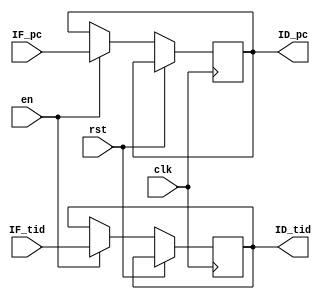
`timescale 1ns / 1ps
//////////////////////////////////////////////////////////////////////////////////
// Company: 
// Engineer: 
// 
// Design Name: 
// Module Name:    IF_IDreg 
// Project Name: 
// Target Devices: 
// Tool versions: 
// Description: 
//
// Dependencies: 
//
// Revision: 
// Revision 0.01 - File Created
// Additional Comments: 
//
//////////////////////////////////////////////////////////////////////////////////
module IF_IDreg(
    input [13:0] IF_pc,
    output [13:0] ID_pc,
    input [1:0] IF_tid,
    output [1:0] ID_tid,
	 input clk,
	 input rst,
	 input en
    );
	 
	 reg [13:0] pc;
	 assign ID_pc = pc;
	 reg [1:0] tid;
	 assign ID_tid = tid;
	 
	 always @(posedge clk)
	 begin
		if (rst)
		begin
		end
		else if (en)
		begin
			pc <= IF_pc;
			tid <= IF_tid;
		end
	 end


endmodule